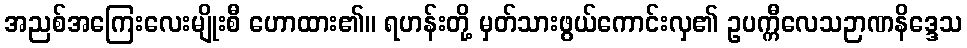
အညစ်အကြေးလေးမျိုးစီ ဟောထား၏။ ရဟန်းတို့ မှတ်သားဖွယ်ကောင်းလှ၏ ဥပက္ကီလေသဉာဏနိဒ္ဒေသ